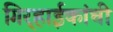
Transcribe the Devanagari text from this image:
गिर्‍हाईकांची